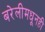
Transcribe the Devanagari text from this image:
बरेलीमधूनही